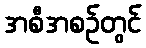
အစီအစဉ်တွင်